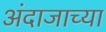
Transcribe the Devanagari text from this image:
अंदाजाच्या